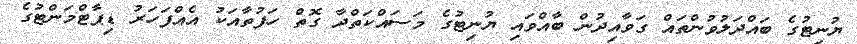
ޔުނިޓުގެ ބައްދަލުވުންތައް ގަވާއިދުން ބާއްވައި ޔުނިޓުގެ މަސައްކަތްދާ ގޮތް ހަފުތާއަކު އެއްފަހަރު ޑިޕާޓްމަންޓުގެ